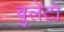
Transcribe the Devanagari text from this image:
बुलेटों